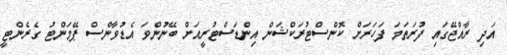
އަދި ރާއްޖޭގައި ފުރަތަމަ ފަހަރަށް ކޮންސްޓުރަކްޝަން އިންޑަސްޓުރީއަށް ބޭނުންވަ އެޑުވާންސް ޕޭމަންޓު ގެރެންޓީ